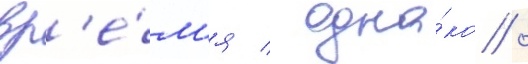
вр'е́м'я / одна́ко /